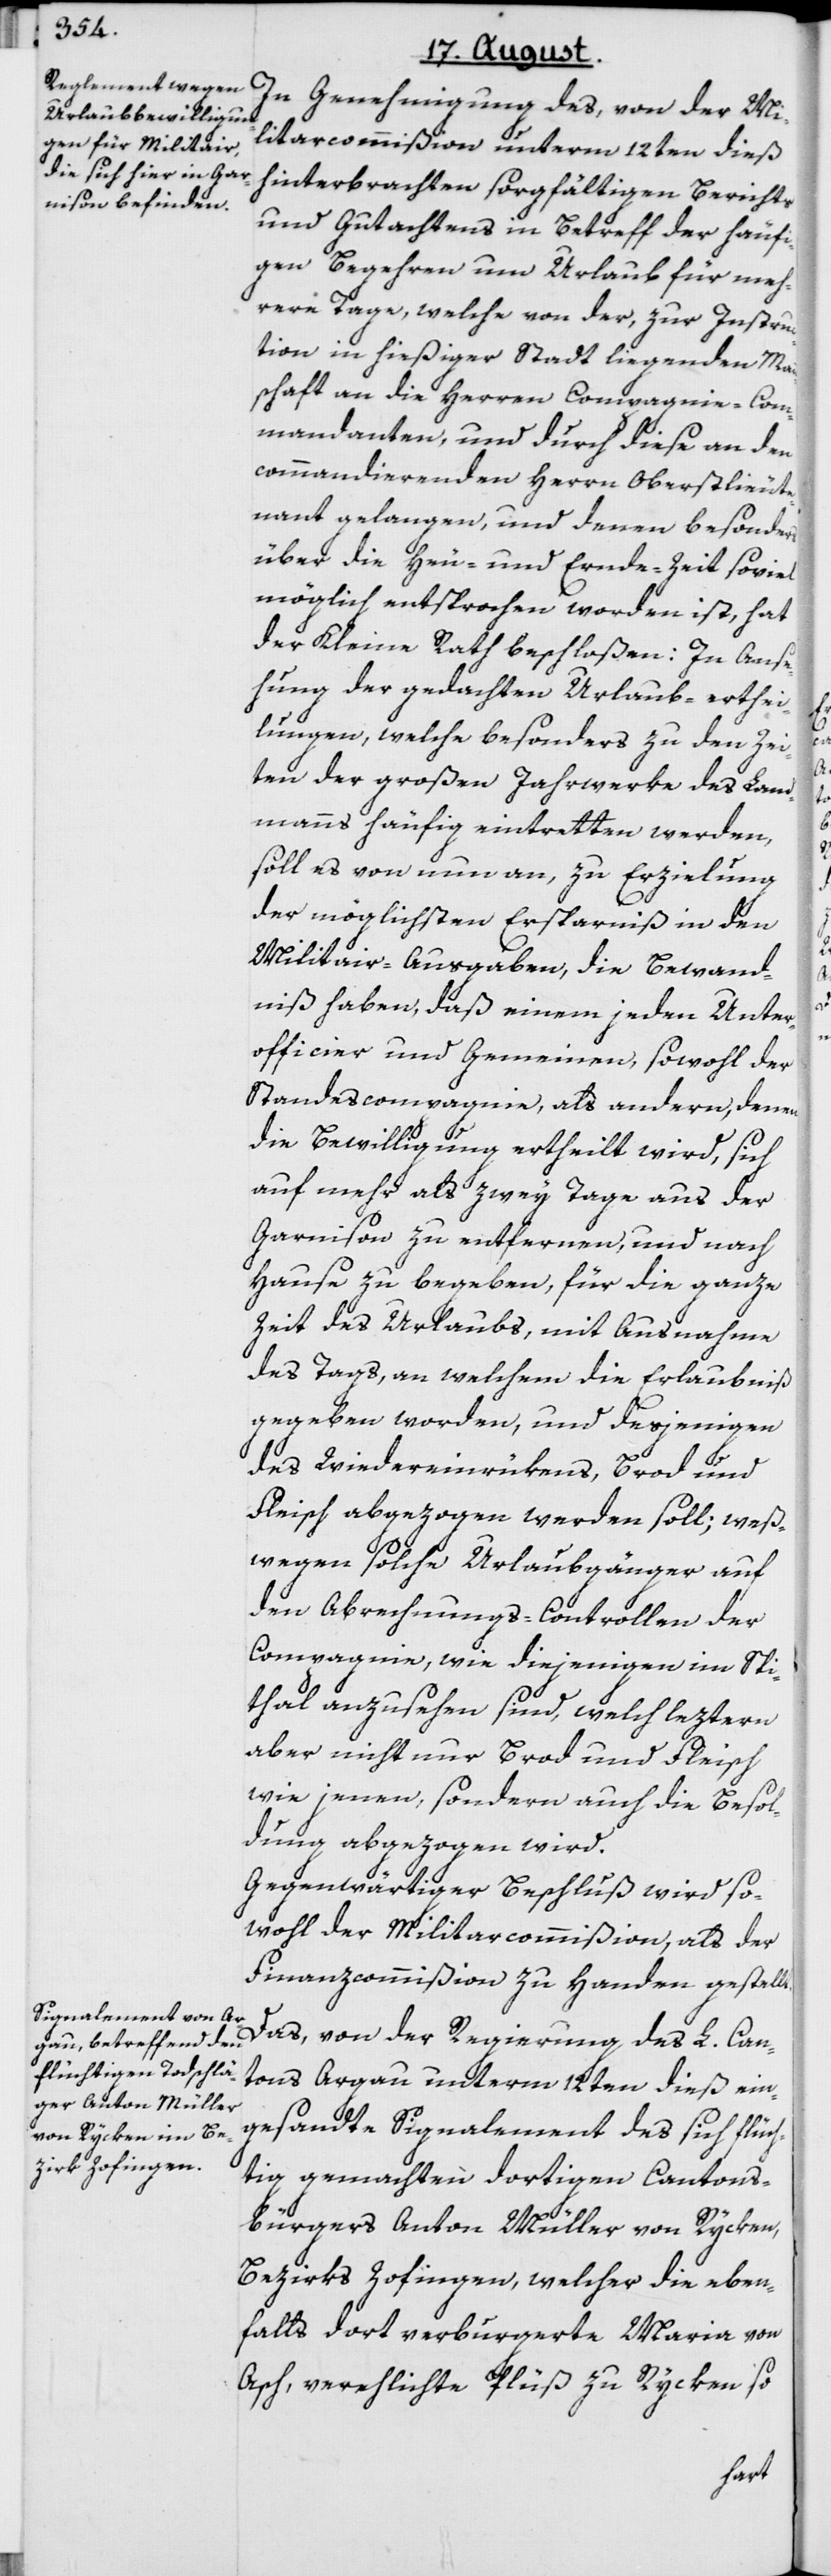
In Genehmigung des, von der Mi¬
litarcommißion unterm 12ten dieß
hinterbrachten sorgfältigen Berichts
und Gutachtens in Betreff der häufi¬
gen Begehren um Urlaub für meh¬
rere Tage, welche von der, zur Instru¬
ction in hießiger Stadt liegenden Ma¬
schaft an die Herren Compagnie-Com¬
mandanten, und durch diese an den
commandierenden Herrn Oberstlieute¬
nant gelangen, und denen besonders
über die Heu- und Ernde-Zeit soviel
möglich entsprochen worden ist, hat
der Kleine Rath beschloßen: In Anse¬
hung der gedachten Urlaub-erthei¬
lungen, welche besonders zu den Zei¬
ten der großen Jahrwerke des Land¬
manns häufig eintretten werden,
soll es von nun an, zu Erzielung
t.
der möglichsten Ersparniß in den
Militair-Ausgaben, die Bewand¬
niß haben, daß einem jeden Unter¬
officier und Gemeinen, sowohl der
Standescompagnie, als andern, denen
die Bewilligung ertheilt wird, sich
auf mehr als zwey Tage aus der
Garnison zu entfernen, und nach
Hause zu begeben, für die ganze
Zeit des Urlaubs, mit Ausnahme
des Tags, an welchem die Erlaubniß
gegeben worden, und desjenigen
des Wiedereinrükens, Brod und
Fleisch abgezogen werden soll; weß¬
wegen solche Urlaubgänger auf
den Abrechnungs-Controllen der
Compagnie, wie diejenigen im Spit¬
thal anzusehen sind, welch leztern
aber nicht nur Brod und Fleisch
wie jenen, sondern auch die Besol¬
dung abgezogen wird.
Gegenwärtiger Beschluß wird so¬
wohl der Militarcommißion, als der
Finanzcommißion zu Handen gestell¬
Das, von der Regierung des L. Can¬
tons Argau unterm 12ten dieß ein¬
gesandte Signalement des sich flüch¬
tig gemachten dortigen Cantons¬
bürgers Anton Müller von Rycken,
Bezirks Zofingen, welcher die eben¬
falls dort verburgerte Maria von
Asch, verehlichte Plüß zu Rycken so